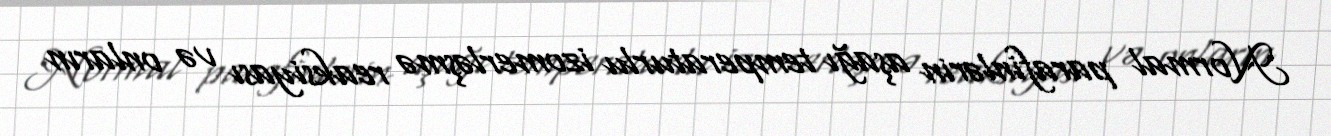
Normal parafinlərin aşağı temperaturlu izomerləşmə reaksiyası və onların